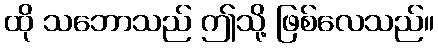
ထို သဘောသည် ဤသို့ ဖြစ်လေသည်။